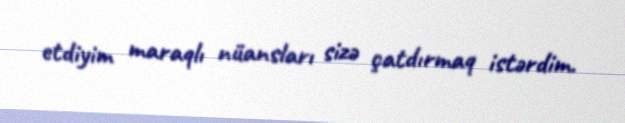
etdiyim maraqlı nüansları sizə çatdırmaq istərdim.